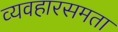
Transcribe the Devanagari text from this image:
व्यवहारसमता